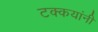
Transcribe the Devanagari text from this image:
टक्कयांनी